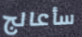
سأعالج